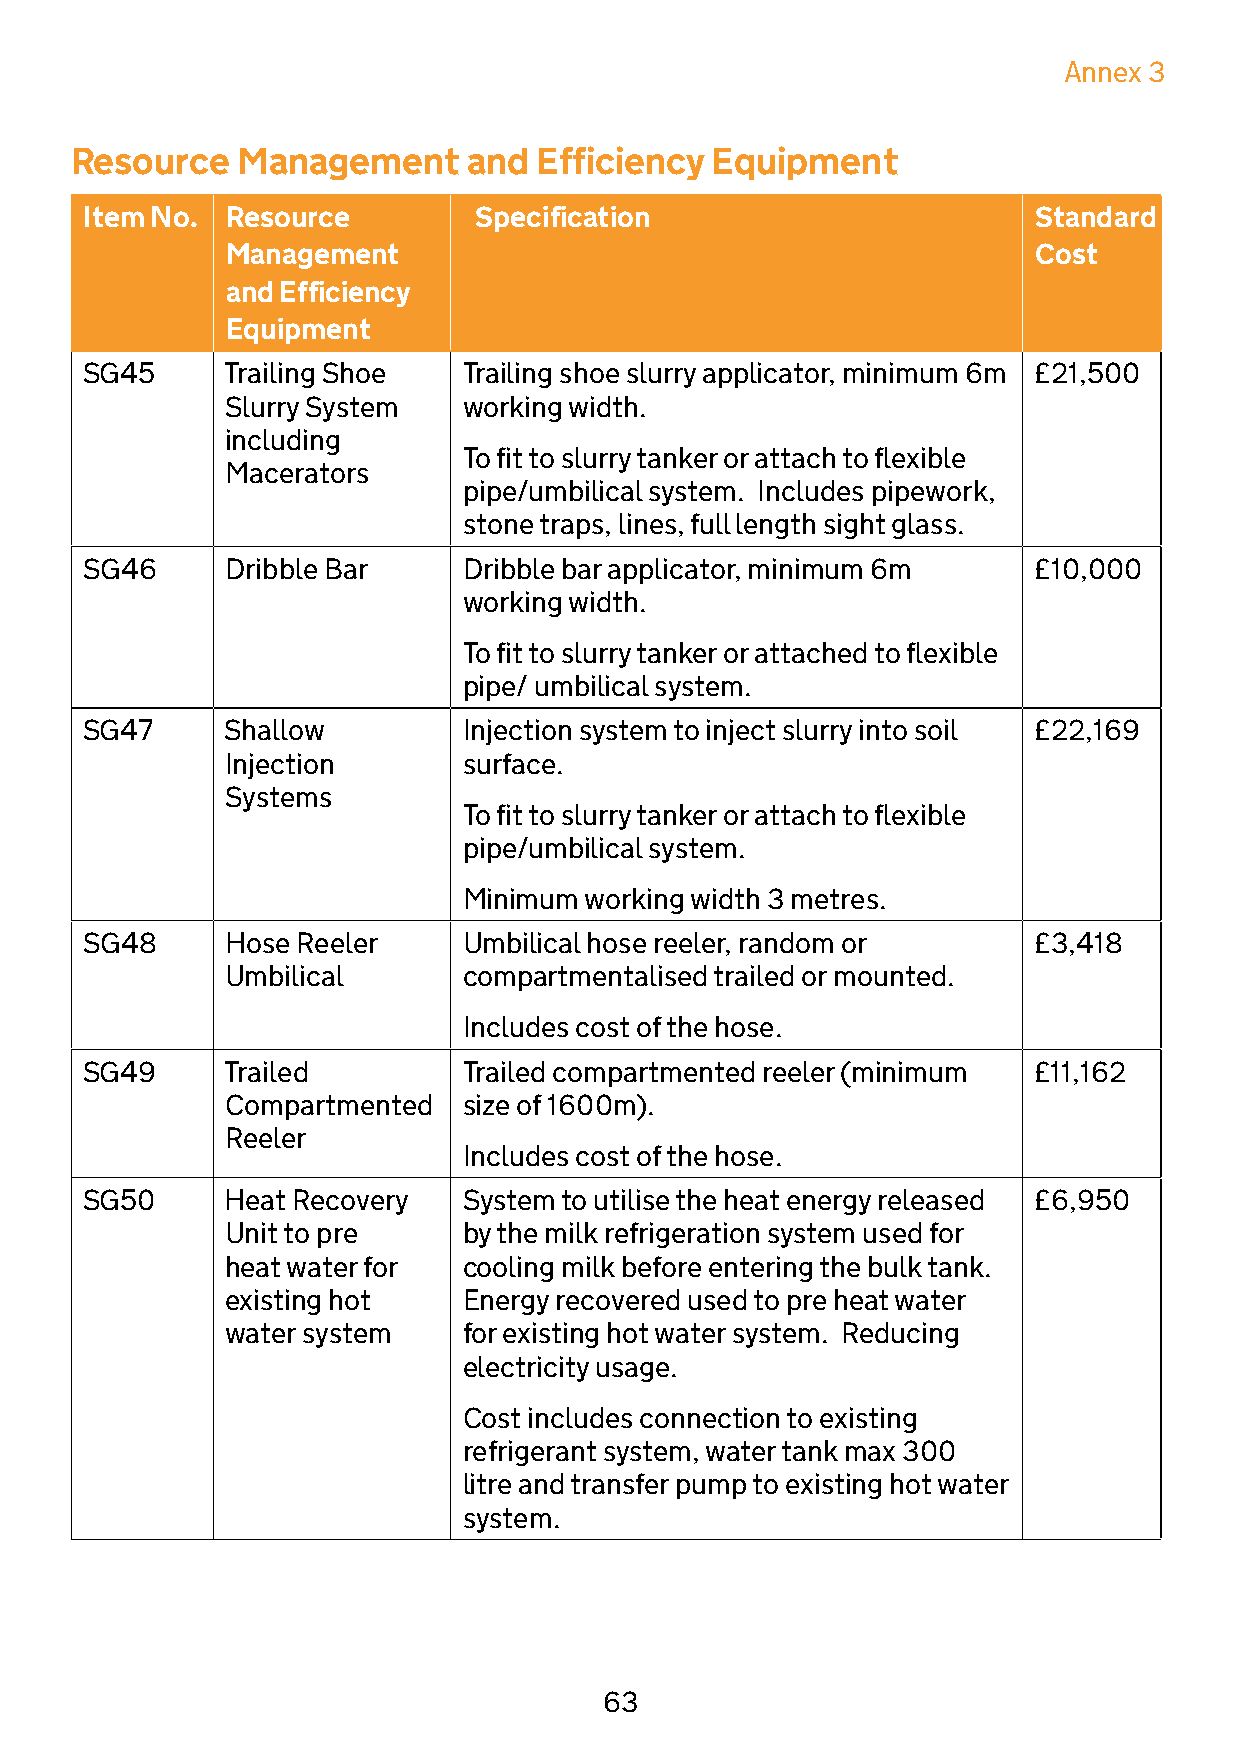
Annex 3
 Resource   Management     and Efficiency  Equipment
 Item No. Resource        Specification                        Standard
 Management                                           Cost
 and Efficiency
 Equipment
 SG45      Trailing Shoe   Trailing shoe slurry applicator, minimum 6m £21,500
 Slurry System   working width.
 including
 To fit to slurry tanker or attach to flexible
 Macerators
 pipe/umbilical system. Includes pipework,
 stone traps, lines, full length sight glass.
 SG46      Dribble Bar     Dribble bar applicator, minimum 6m   £10,000
 working width.
 To fit to slurry tanker or attached to flexible
 pipe/ umbilical system.
 SG47      Shallow         Injection system to inject slurry into soil £22,169
 Injection       surface.
 Systems
 To fit to slurry tanker or attach to flexible
 pipe/umbilical system.
 Minimum working width 3 metres.
 SG48      Hose Reeler     Umbilical hose reeler, random or     £3,418
 Umbilical       compartmentalised trailed or mounted.
 Includes cost of the hose.
 SG49      Trailed         Trailed compartmented reeler (minimum £11,162
 Compartmented   size of 1600m).
 Reeler
 Includes cost of the hose.
 SG50      Heat Recovery   System to utilise the heat energy released £6,950
 Unit to pre     by the milk refrigeration system used for
 heat water for  cooling milk before entering the bulk tank.
 existing hot    Energy recovered used to pre heat water
 water system    for existing hot water system. Reducing
 electricity usage.
 Cost includes connection to existing
 refrigerant system, water tank max 300
 litre and transfer pump to existing hot water
 system.
 63